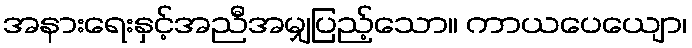
အနားရေးနှင့်အညီအမျှပြည့်သော။ ကာယပေယျော၊